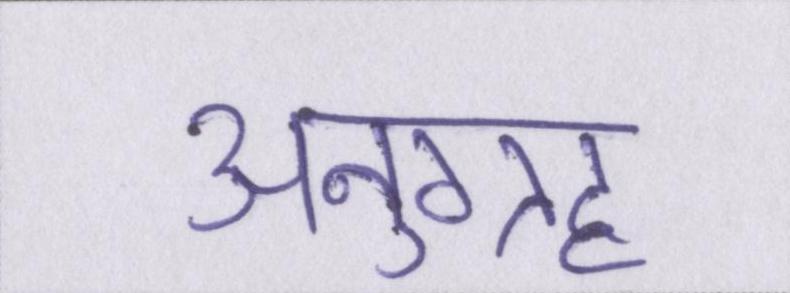
अनुग्रह